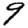
Digit: 9